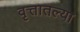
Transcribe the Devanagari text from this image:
वृत्तातल्या